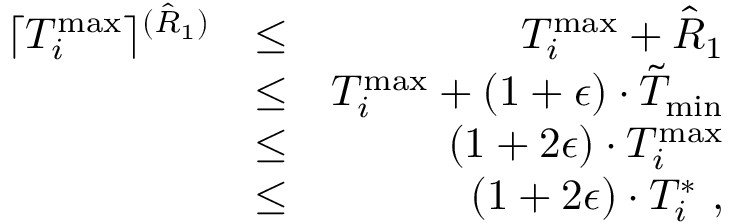
\begin{array} { r l r } { \lceil T _ { i } ^ { \operatorname* { m a x } } \rceil ^ { ( \hat { R } _ { 1 } ) } } & { \leq } & { T _ { i } ^ { \operatorname* { m a x } } + \hat { R } _ { 1 } } \\ & { \leq } & { T _ { i } ^ { \operatorname* { m a x } } + ( 1 + \epsilon ) \cdot \tilde { T } _ { \operatorname* { m i n } } } \\ & { \leq } & { ( 1 + 2 \epsilon ) \cdot T _ { i } ^ { \operatorname* { m a x } } } \\ & { \leq } & { ( 1 + 2 \epsilon ) \cdot T _ { i } ^ { * } \ , } \end{array}